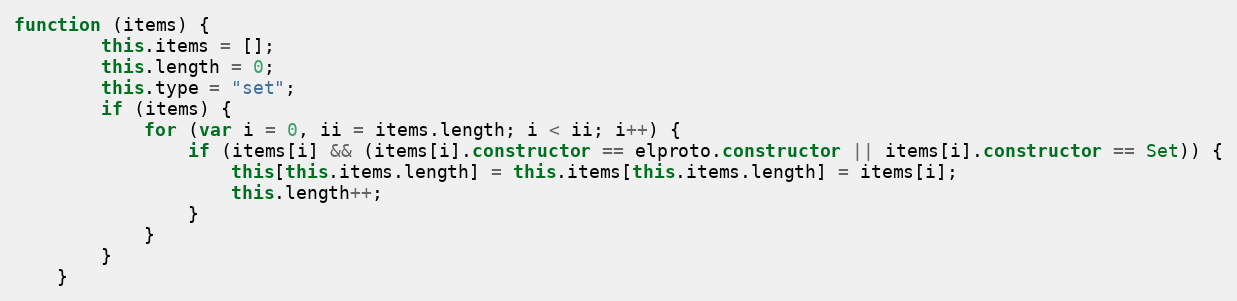
Language: JavaScript
function (items) {
        this.items = [];
        this.length = 0;
        this.type = "set";
        if (items) {
            for (var i = 0, ii = items.length; i < ii; i++) {
                if (items[i] && (items[i].constructor == elproto.constructor || items[i].constructor == Set)) {
                    this[this.items.length] = this.items[this.items.length] = items[i];
                    this.length++;
                }
            }
        }
    }